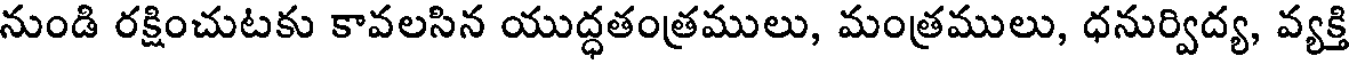
నుండి రక్షించుటకు కావలసిన యుద్ధతంత్రములు, మంత్రములు, ధనుర్విద్య, వ్యక్తి